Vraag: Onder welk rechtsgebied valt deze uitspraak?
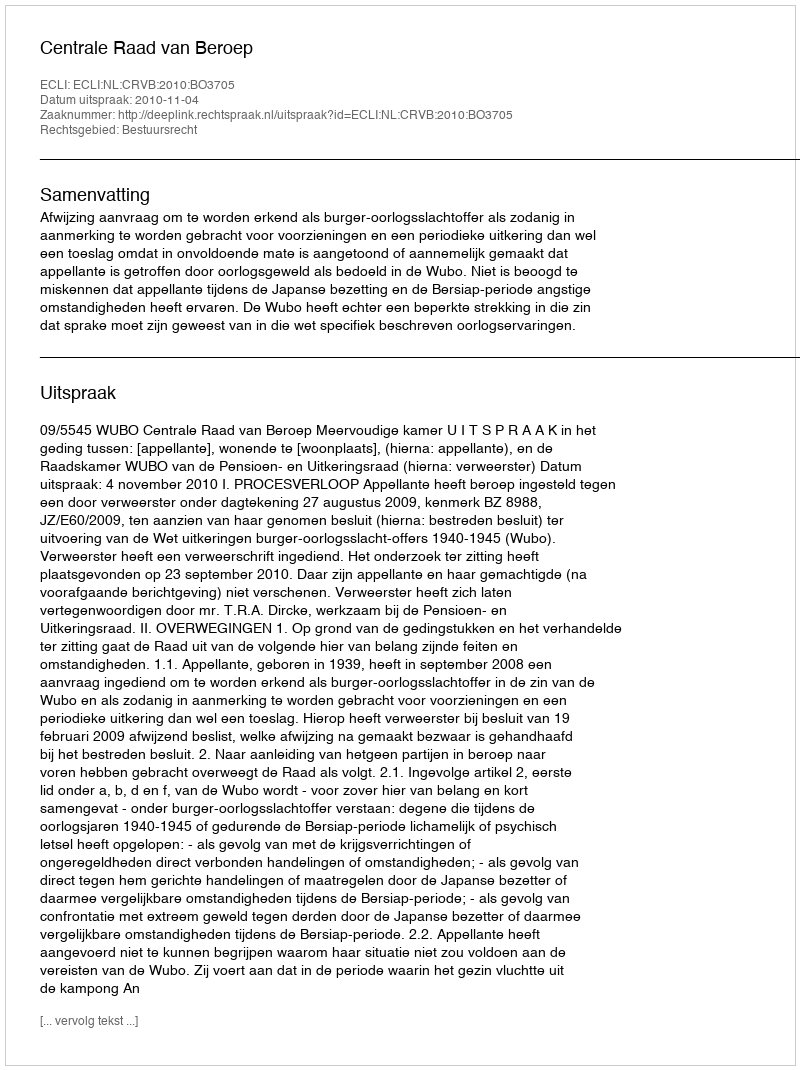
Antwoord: Bestuursrecht